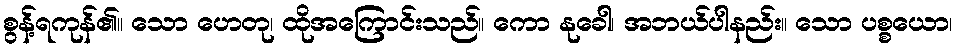
စွန့်ရကုန်၏။ သော ဟေတု၊ ထိုအကြောင်းသည်။ ကော နုခေါ၊ အဘယ်ပါနည်း။ သော ပစ္စယော၊